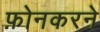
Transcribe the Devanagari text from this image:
फ़ोनकरने